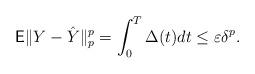
LaTeX: \begin{align*} \mathsf{E} \| Y - \hat Y \|_p^p = \int_{0}^{T} \Delta(t) dt \leq \varepsilon \delta^p .\end{align*}